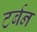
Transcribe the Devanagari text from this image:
टर्बन